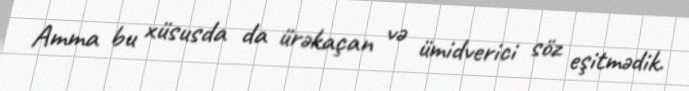
Amma bu xüsusda da ürəkaçan və ümidverici söz eşitmədik.